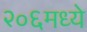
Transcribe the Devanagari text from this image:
२०६मध्ये